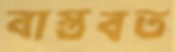
বাস্তবত